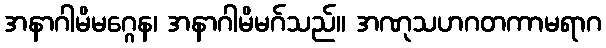
အနာဂါမိမဂ္ဂေန၊ အနာဂါမိမဂ်သည်။ အဏုသဟဂတကာမရာဂ